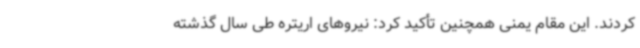
کردند. این مقام یمنی همچنین تأکید کرد: نیروهای اریتره طی سال گذشته